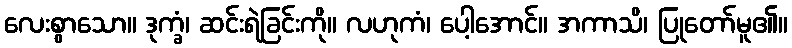
လေးစွာသော။ ဒုက္ခံ၊ ဆင်းရဲခြင်းကို။ လဟုကံ၊ ပေါ့အောင်။ အကာသိ၊ ပြုတော်မူ၏။